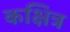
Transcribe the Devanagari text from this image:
कक्षित्र